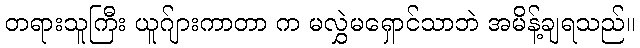
တရားသူကြီး ယူဂ်ျားကာတာ က မလွှဲမရှောင်သာဘဲ အမိန့်ချရသည်။